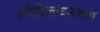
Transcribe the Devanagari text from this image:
सीमोल्लंघनाच्या